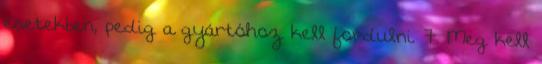
esetekben, pedig a gyártóhoz kell fordulni. 7. Meg kell